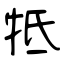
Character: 牴